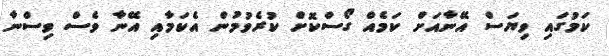
ކަމުގައި ވިޔަސް އޭނާއަށް ކަމެއް ގޯސްކޮށް ކުރެވުމުން އެކަމާއި އޭނާ ވެސް ވިސްނާ